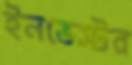
ইনভেস্টর